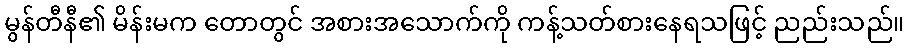
မွန်တီနီ၏ မိန်းမက တောတွင် အစားအသောက်ကို ကန့်သတ်စားနေရသဖြင့် ညည်းသည်။